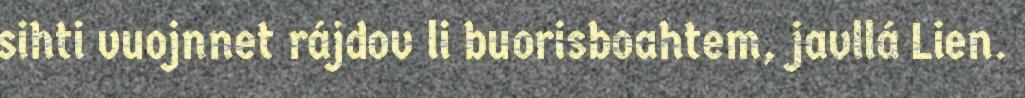
sihti vuojnnet rájdov li buorisboahtem, javllá Lien.